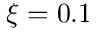
\xi = 0 . 1